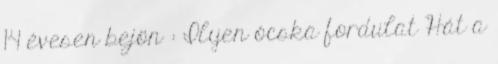
14 évesen bejön : Ilyen ócska fordulat Hát a